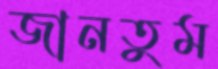
জানতুম